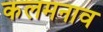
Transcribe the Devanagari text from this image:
कलमनाव